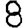
Digit: 8